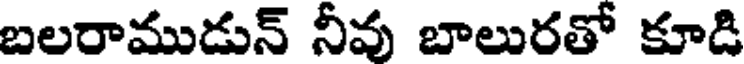
బలరాముడున్ నీవు బాలురతో కూడి